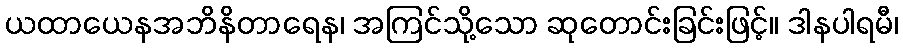
ယထာယေနအဘိနိတာရေန၊ အကြင်သို့သော ဆုတောင်းခြင်းဖြင့်။ ဒါနပါရမီ၊